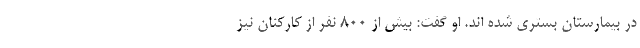
در بیمارستان بستری شده اند. او گفت: بیش از ۸۰۰ نفر از کارکنان نیز